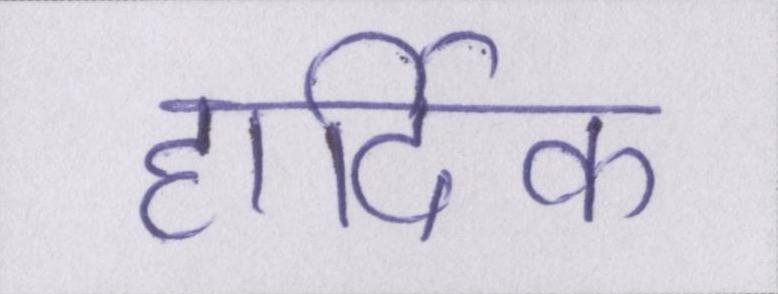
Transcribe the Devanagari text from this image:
हार्दिक